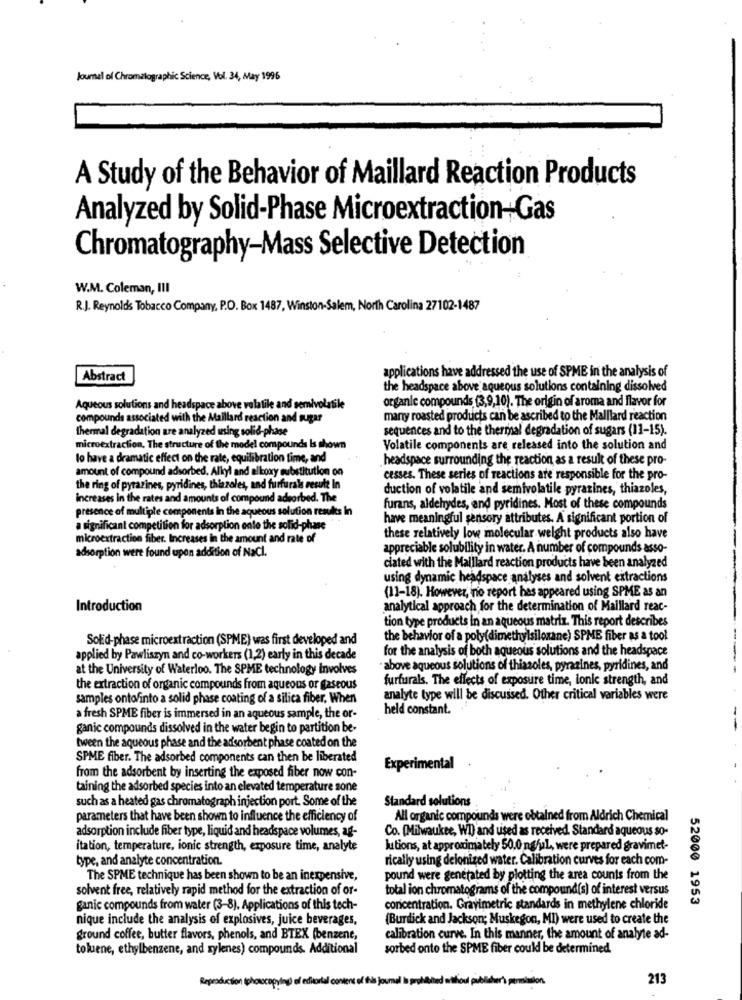
Journal of Chromatographic Science, Vol. 34, May 1996
A Study of the Behavior of Maillard Reaction Products
Analyzed by Solid-Phase Microextraction-Gas
Chromatography-Mass Selective Detection
W.M. Coleman, III
R.J. Reynolds Tobacco Company, P.O. Box 1487, Winston-Salem, North Carolina 27102-1487
applications have addressed the use of SPME in the analysis of
Abstract
the headspace above aqueous solutions containing dissolved
organic compounds (3,9,10). The origin of aroma and flavor for
Aqueous solutions and headspace above volatile and semivolatile
compounds associated with the Maillard reaction and sugar
many roasted products can be ascribed to the Malllard reaction
thermal degradation are analyzed using solid-phase
sequences and to the thermal degradation of sugars (11-15).
microextraction, The structure of the model compounds Is shown
Volatile components are released into the solution and
lo have a dramatic effect on the rate, equilibration time, and
headspace surrounding the reaction as a result of these pro-
amount of compound adsorbed. Alkyl and alkoxy substitution on
cesses. These series of reactions are responsible for the pro-
the ring of pyrazines, pyridines, thiazoles, and furfurals result In
duction of volatile and semivolatile pyrazines, thiazoles,
increases in the rates and amounts of compound adsorbed. The
presence of multiple components in the aqueous solution results In
furans, aldehydes, and pyridines. Most of these compounds
have meaningful sensory attributes. A significant portion of
a significant competition for adsorption onto the solid-phase
microextraction fiber. Increases in the amount and rate of
these relatively low molecular weight products also have
adsorption were found upon addition of NaCl.
appreciable solubility in water. A number of compounds asso-
ciated with the Malllard reaction products have been analyzed
using dynamic headspace analyses and solvent extractions
(11-18). However, no report has appeared using SPME as an
Introduction
analytical approach for the determination of Maillard reac-
tion type products in an aqueous matrix. This report describes
Solid-phase microextraction (SPME) was first developed and
the behavior of a poly(dimethylsiloxane) SPME fiber as a tool
for the analysis of both aqueous solutions and the headspace
applied by Pawliszyn and co-workers (1,2) early in this decade
at the University of Waterloo. The SPME technology involves
"above aqueous solutions of thiazoles, pyrazines, pyridines, and
furfurals. The effects of exposure time, ionic strength, and
the extraction of organic compounds from aqueous or gaseous
samples ontofinto a solid phase coating of a silica fiber. When
analyte type will be discussed. Other critical variables were
held constant ..
a fresh SPME fiber is immersed in an aqueous sample, the or-
ganic compounds dissolved in the water begin to partition be-
tween the aqueous phase and the adsorbent phase coated on the
SPME fiber. The adsorbed components can then be liberated
Experimental
from the adsorbent by inserting the exposed fiber now con-
taining the adsorbed species into an elevated temperature zone
such as a heated gas chromatograph injection port. Some of the
Standard solutions
parameters that have been shown to influence the efficiency of
All organic compounds were obtained from Aldrich Chemical
adsorption include fiber type, liquid and headspace volumes, ag-
Co. [Milwaukee, WI) and used as received. Standard aqueous so-
itation, temperature, ionic strength, exposure time, analyte
lutions, at approximately 50,0 ng/uL, were prepared gravimet-
type, and analyte concentration.
rically using deionized water. Calibration curves for each com-
The SPME technique has been shown to be an inexpensive,
pound were generated by plotting the area counts from the
solvent free, relatively rapid method for the extraction of or-
total ion chromatograms of the compound(s) of interest versus
52000 1953
ganic compounds from water (3-8), Applications of this tech-
concentration. Gravimetric standards in methylene chloride
nique include the analysis of explosives, juice beverages,
(Burdick and Jackson; Muskegon, MI) were used to create the
ground coffee, butter flavors, phenols, and BTEX (benzene,
calibration curve. In this manner, the amount of analyte ad-
tokuene, ethylbenzene, and zylenes) compounds. Additional
sorbed onto the SPME fiber could be determined
Reproduction (phonocopying) el edkortal conten
on
213